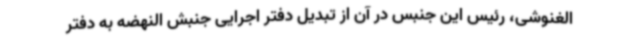
الغنوشی، رئیس این جنبس در آن از تبدیل دفتر اجرایی جنبش النهضه به دفتر